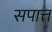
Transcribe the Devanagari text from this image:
सपात्त